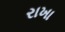
રાખા